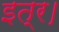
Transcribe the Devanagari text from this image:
इत्र।